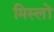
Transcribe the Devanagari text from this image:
मिस्लों